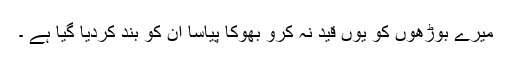
میرے بوڑھوں کو یوں قید نہ کرو بھوکا پیاسا ان کو بند کردیا گیا ہے ۔